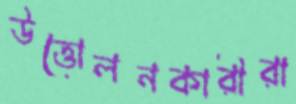
উত্তোলনকারীরা